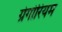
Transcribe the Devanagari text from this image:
ग्रेगोरियम